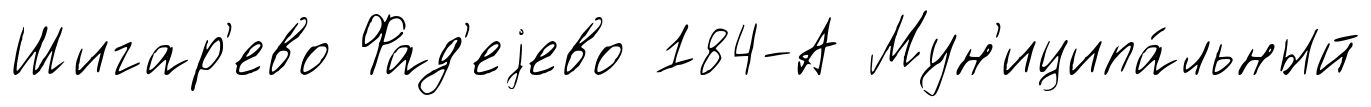
Шигар'ево Фад'еjево 184-А Мун'иципа́льный